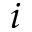
i